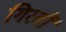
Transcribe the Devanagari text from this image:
गिरवीं